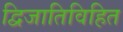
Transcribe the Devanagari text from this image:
द्विजातिविहित